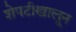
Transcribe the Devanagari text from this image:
शेपटीखालून